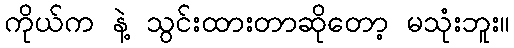
ကိုယ်က နဲ့ သွင်းထားတာဆိုတော့ မသုံးဘူး။